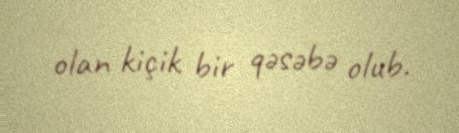
olan kiçik bir qəsəbə olub.